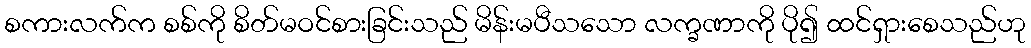
စကားလက်က စစ်ကို စိတ်မဝင်စားခြင်းသည် မိန်းမပီသသော လက္ခဏာကို ပို၍ ထင်ရှားစေသည်ဟု